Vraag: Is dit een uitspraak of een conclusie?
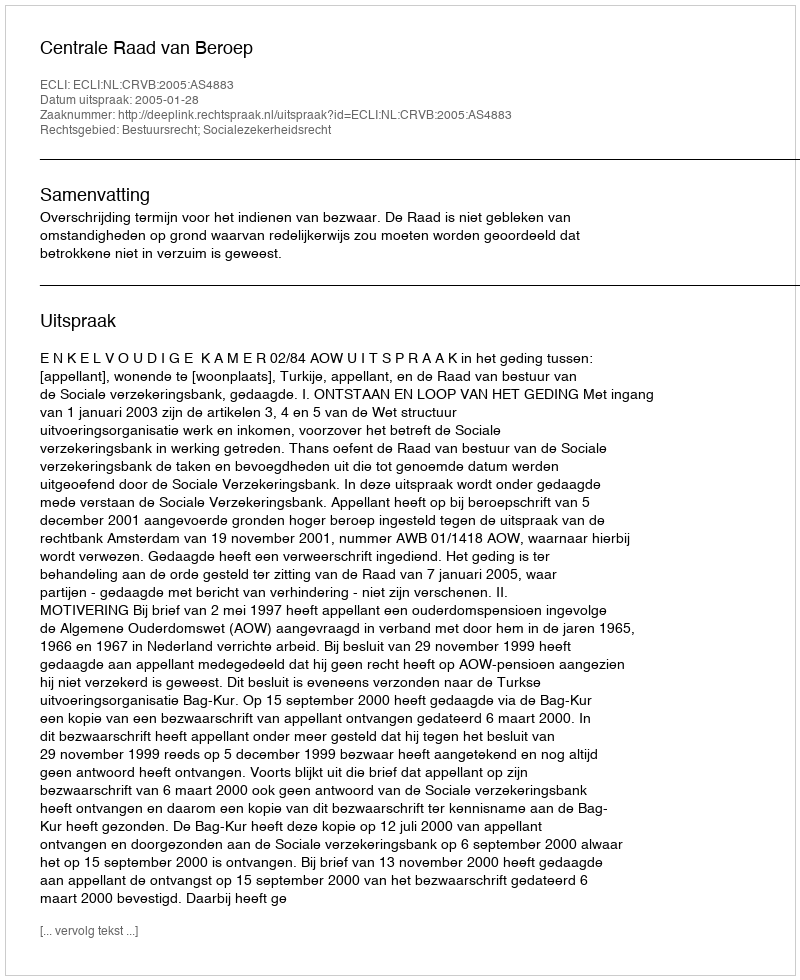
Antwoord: Uitspraak